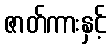
ဇာတ်ကားနှင့်